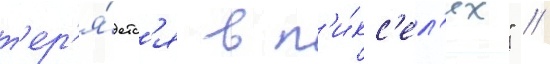
т'ер'я́етс'я в п'и́кс'ел'ях" //